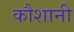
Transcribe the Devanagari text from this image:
कौशानी